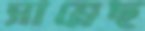
সাম্‌লেছ